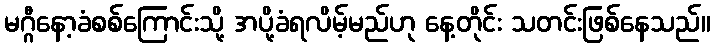
မဂ္ဂီနော့ခံစစ်ကြောင်းသို့ အပို့ခံရလိမ့်မည်ဟု နေ့တိုင်း သတင်းဖြစ်နေသည်။